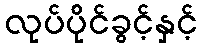
လုပ်ပိုင်ခွင့်နှင့်